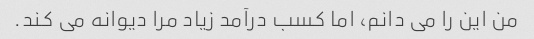
من این را می دانم، اما کسب درآمد زیاد مرا دیوانه می کند.